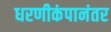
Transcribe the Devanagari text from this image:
धरणीकंपानंतर